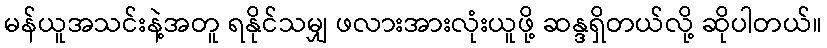
မန်ယူအသင်းနဲ့အတူ ရနိုင်သမျှ ဖလားအားလုံးယူဖို့ ဆန္ဒရှိတယ်လို့ ဆိုပါတယ်။